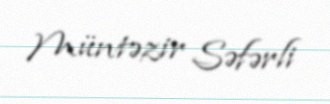
Müntəzir Səfərli